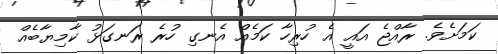
ކަމަށެވެ. ރާއްޖެ އައީ އެ ހުރިހާ ކަމެއް އެނގި ހުރެ ރަނގަޅު ކާމިޔާބެއް